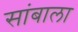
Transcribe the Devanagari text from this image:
सांबाला